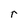
Character: r